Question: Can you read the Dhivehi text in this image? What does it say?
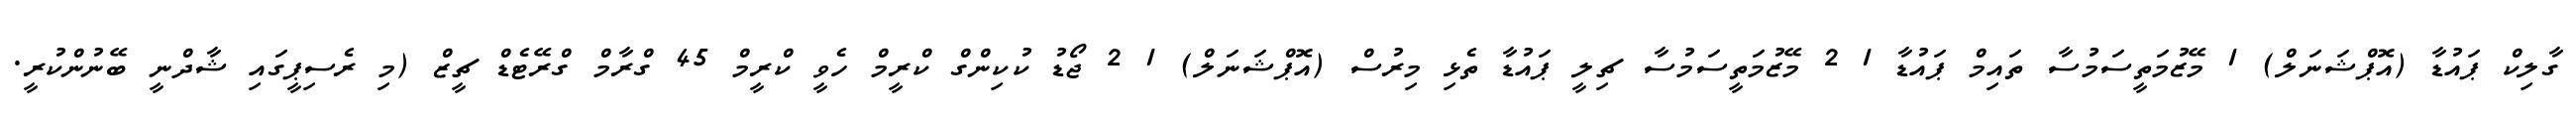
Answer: ގާލިކް ޕައުޑާ (އޮޕްޝަނަލް) 1 މޭޒުމަތީސަމުސާ ތައިމް ޕައުޑާ 1 2 މޭޒުމަތީސަމުސާ ޗިލީ ޕައުޑާ ތެޅި މިރުސް (އޮޕްޝަނަލް) 1 2 ޖޯޑު ކުކިންގް ކްރީމް ހެވީ ކްރީމް 45 ގްރާމް ގްރޭޓެޑް ޗީޒް (މި ރެސިޕީގައި ޝާދްނީ ބޭނުންކުރީ.